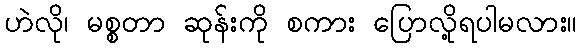
ဟဲလို၊ မစ္စတာ ဆုန်းကို စကား ပြောလို့ရပါမလား။